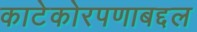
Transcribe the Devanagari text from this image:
काटेकोरपणाबद्दल